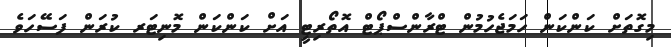
މިގޮތަށް ކަންކަން ހަމަޖެހުމުން ޓްރާންސްޕޯޓް އޮތޯރިޓީ އަށް ކަންކަން މޮނިޓަރ ކުރަން ފަސޭހަވެ